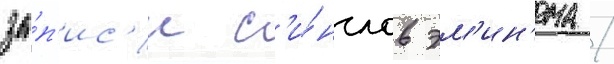
за́п'ис'и с'и́нглов эм'ин'ема /